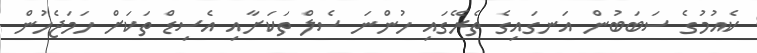
ކެއުމުގެ ސަބަބުން އަނގައިގެ ތެރޭގައި ހުންނަ ސެލް ތަކަށާއި އެސިޑް ތަކަށް ހަމަޖެހުން